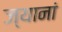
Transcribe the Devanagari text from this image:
ज्यानां